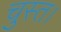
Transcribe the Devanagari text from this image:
चुस्त।